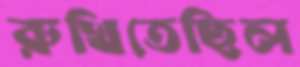
রুখিতেছিল